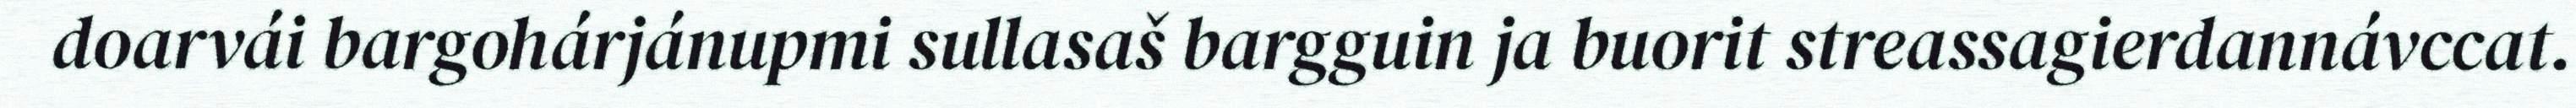
doarvái bargohárjánupmi sullasaš bargguin ja buorit streassagierdannávccat.